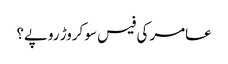
عامر کی فیس سو کروڑ روپے؟